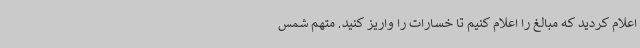
اعلام کردید که مبالغ را اعلام کنیم تا خسارات را واریز کنید. متهم شمس